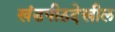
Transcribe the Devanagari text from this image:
खंडपीठदेखील